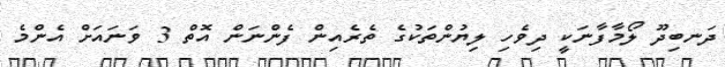
ދަނބިދޫ ލޯމާފާނަކީ ދިވެހި ލިޔުންތަކުގެ ތެރެއިން ފެންނަން އޮތް 3 ވަނައަށް އެންމެ